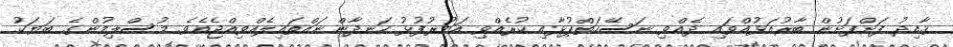
ޤާއިދު ފަށްފަށުން ބާރުއަޅުއްވައި ދެއްވި ނަސޭހަތްޕުޅާއި ކުރެއްވި އަމުރުފުޅު ހަނދާންނައްތައިލެއްވިއްޖެއެވެ. މުސްލިމުންގެ ބަޔަކު